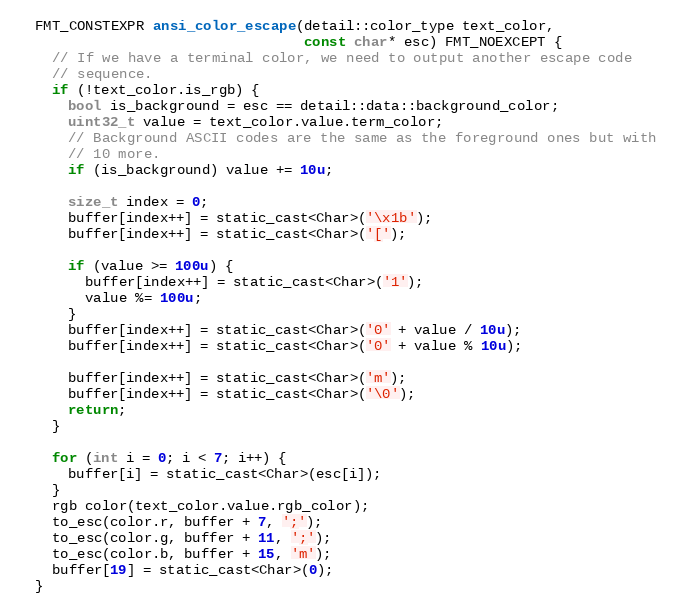
Language: C
  FMT_CONSTEXPR ansi_color_escape(detail::color_type text_color,
                                  const char* esc) FMT_NOEXCEPT {
    // If we have a terminal color, we need to output another escape code
    // sequence.
    if (!text_color.is_rgb) {
      bool is_background = esc == detail::data::background_color;
      uint32_t value = text_color.value.term_color;
      // Background ASCII codes are the same as the foreground ones but with
      // 10 more.
      if (is_background) value += 10u;

      size_t index = 0;
      buffer[index++] = static_cast<Char>('\x1b');
      buffer[index++] = static_cast<Char>('[');

      if (value >= 100u) {
        buffer[index++] = static_cast<Char>('1');
        value %= 100u;
      }
      buffer[index++] = static_cast<Char>('0' + value / 10u);
      buffer[index++] = static_cast<Char>('0' + value % 10u);

      buffer[index++] = static_cast<Char>('m');
      buffer[index++] = static_cast<Char>('\0');
      return;
    }

    for (int i = 0; i < 7; i++) {
      buffer[i] = static_cast<Char>(esc[i]);
    }
    rgb color(text_color.value.rgb_color);
    to_esc(color.r, buffer + 7, ';');
    to_esc(color.g, buffer + 11, ';');
    to_esc(color.b, buffer + 15, 'm');
    buffer[19] = static_cast<Char>(0);
  }